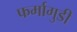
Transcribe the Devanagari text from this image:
फर्मागुडी